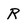
Character: R